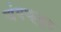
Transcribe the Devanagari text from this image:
चंगक्यूह